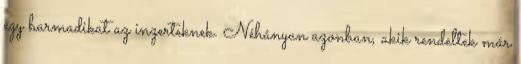
egy harmadikat az inzerteknek. Néhányan azonban, akik rendeltek már